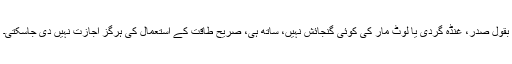
بقول صدر، غنڈہ گردی یا لوٹ مار کی کوئی گنجائش نہیں، ساتھ ہی، صریح طاقت کے استعمال کی ہرگز اجازت نہیں دی جاسکتی۔